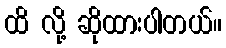
ထိ လို့ ဆိုထားပါတယ်။